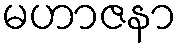
မဟာဇနာ